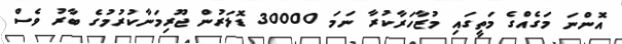
އޮންނަ މަގެއްގެ މަތީގައި މުޒާހަރާކުރާ ނަމަ 30000 ޑޮލަރުން ޖޫރިމަނާކުރުމުގެ ބާރު ވެސް